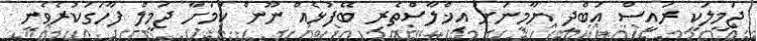
ޖަމީލަކީ ރައީސް އަބްދި ޔާމީނަށް އިޚްލާސްތެރި ބޭފުޅެއް ނޫން ކަމަށާ ޖަމީލް ފާހަގަކުރެވެނީ